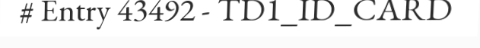
# Entry 43492 - TD1_ID_CARD